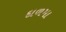
દાળમા